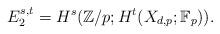
LaTeX: \begin{align*}E_2^{s,t}=H^s(\mathbb{Z}/p;H^t(X_{d,p};\mathbb{F}_p)).\end{align*}